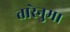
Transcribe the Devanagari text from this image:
तारेनुमा